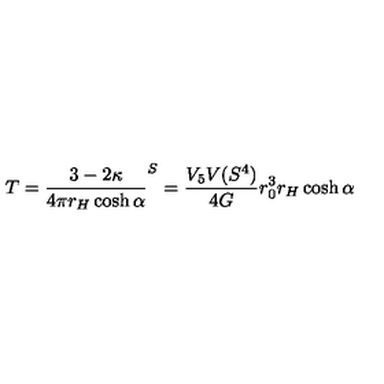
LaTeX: T = \frac { 3 - 2 \kappa } { 4 \pi r _ { H } \cosh \alpha } \sp S = \frac { V _ { 5 } V ( S ^ { 4 } ) } { 4 G } r _ { 0 } ^ { 3 } r _ { H } \cosh \alpha